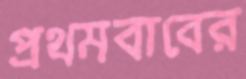
প্রথমবাবের